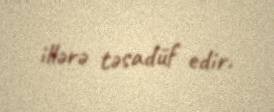
illərə təsadüf edir.